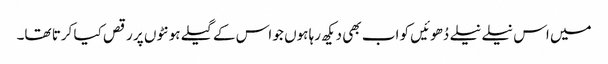
میں اس نیلے نیلے دُھوئیں کو اب بھی دیکھ رہا ہوں جو اس کے گیلے ہونٹوں پر رقص کیا کرتا تھا۔